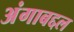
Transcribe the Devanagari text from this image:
अंगाबद्दल